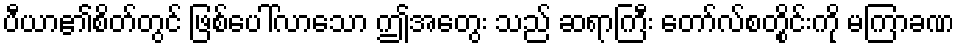
ပီယာ၏စိတ်တွင် ဖြစ်ပေါ်လာသော ဤအတွေး သည် ဆရာကြီး တော်လ်စတွိုင်းကို မကြာခဏ